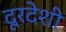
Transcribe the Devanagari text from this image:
दूरदेशी